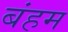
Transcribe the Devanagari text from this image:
बंहम